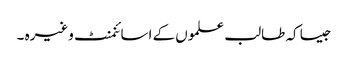
جیسا کہ طالب علموں کے اسائنمنٹ وغیرہ ۔